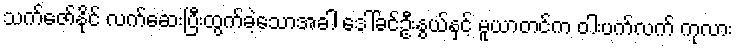
သက်ဇော်နိုင် လက်ဆေးပြီးထွက်ခဲ့သောအခါ ဒေါ်ခင်ဦးနွယ်နှင့် မူယာတင်က ဝါးပက်လက် ကုလား